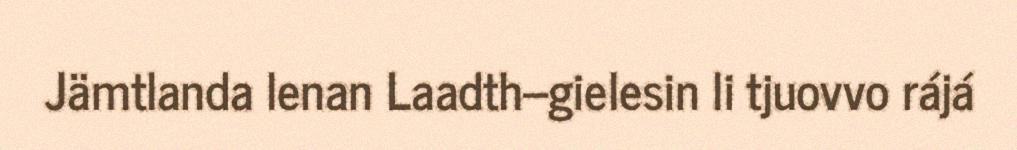
Jämtlanda lenan Laadth–gielesin li tjuovvo rájá